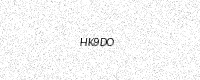
Text: HK9DO